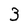
Character: 3